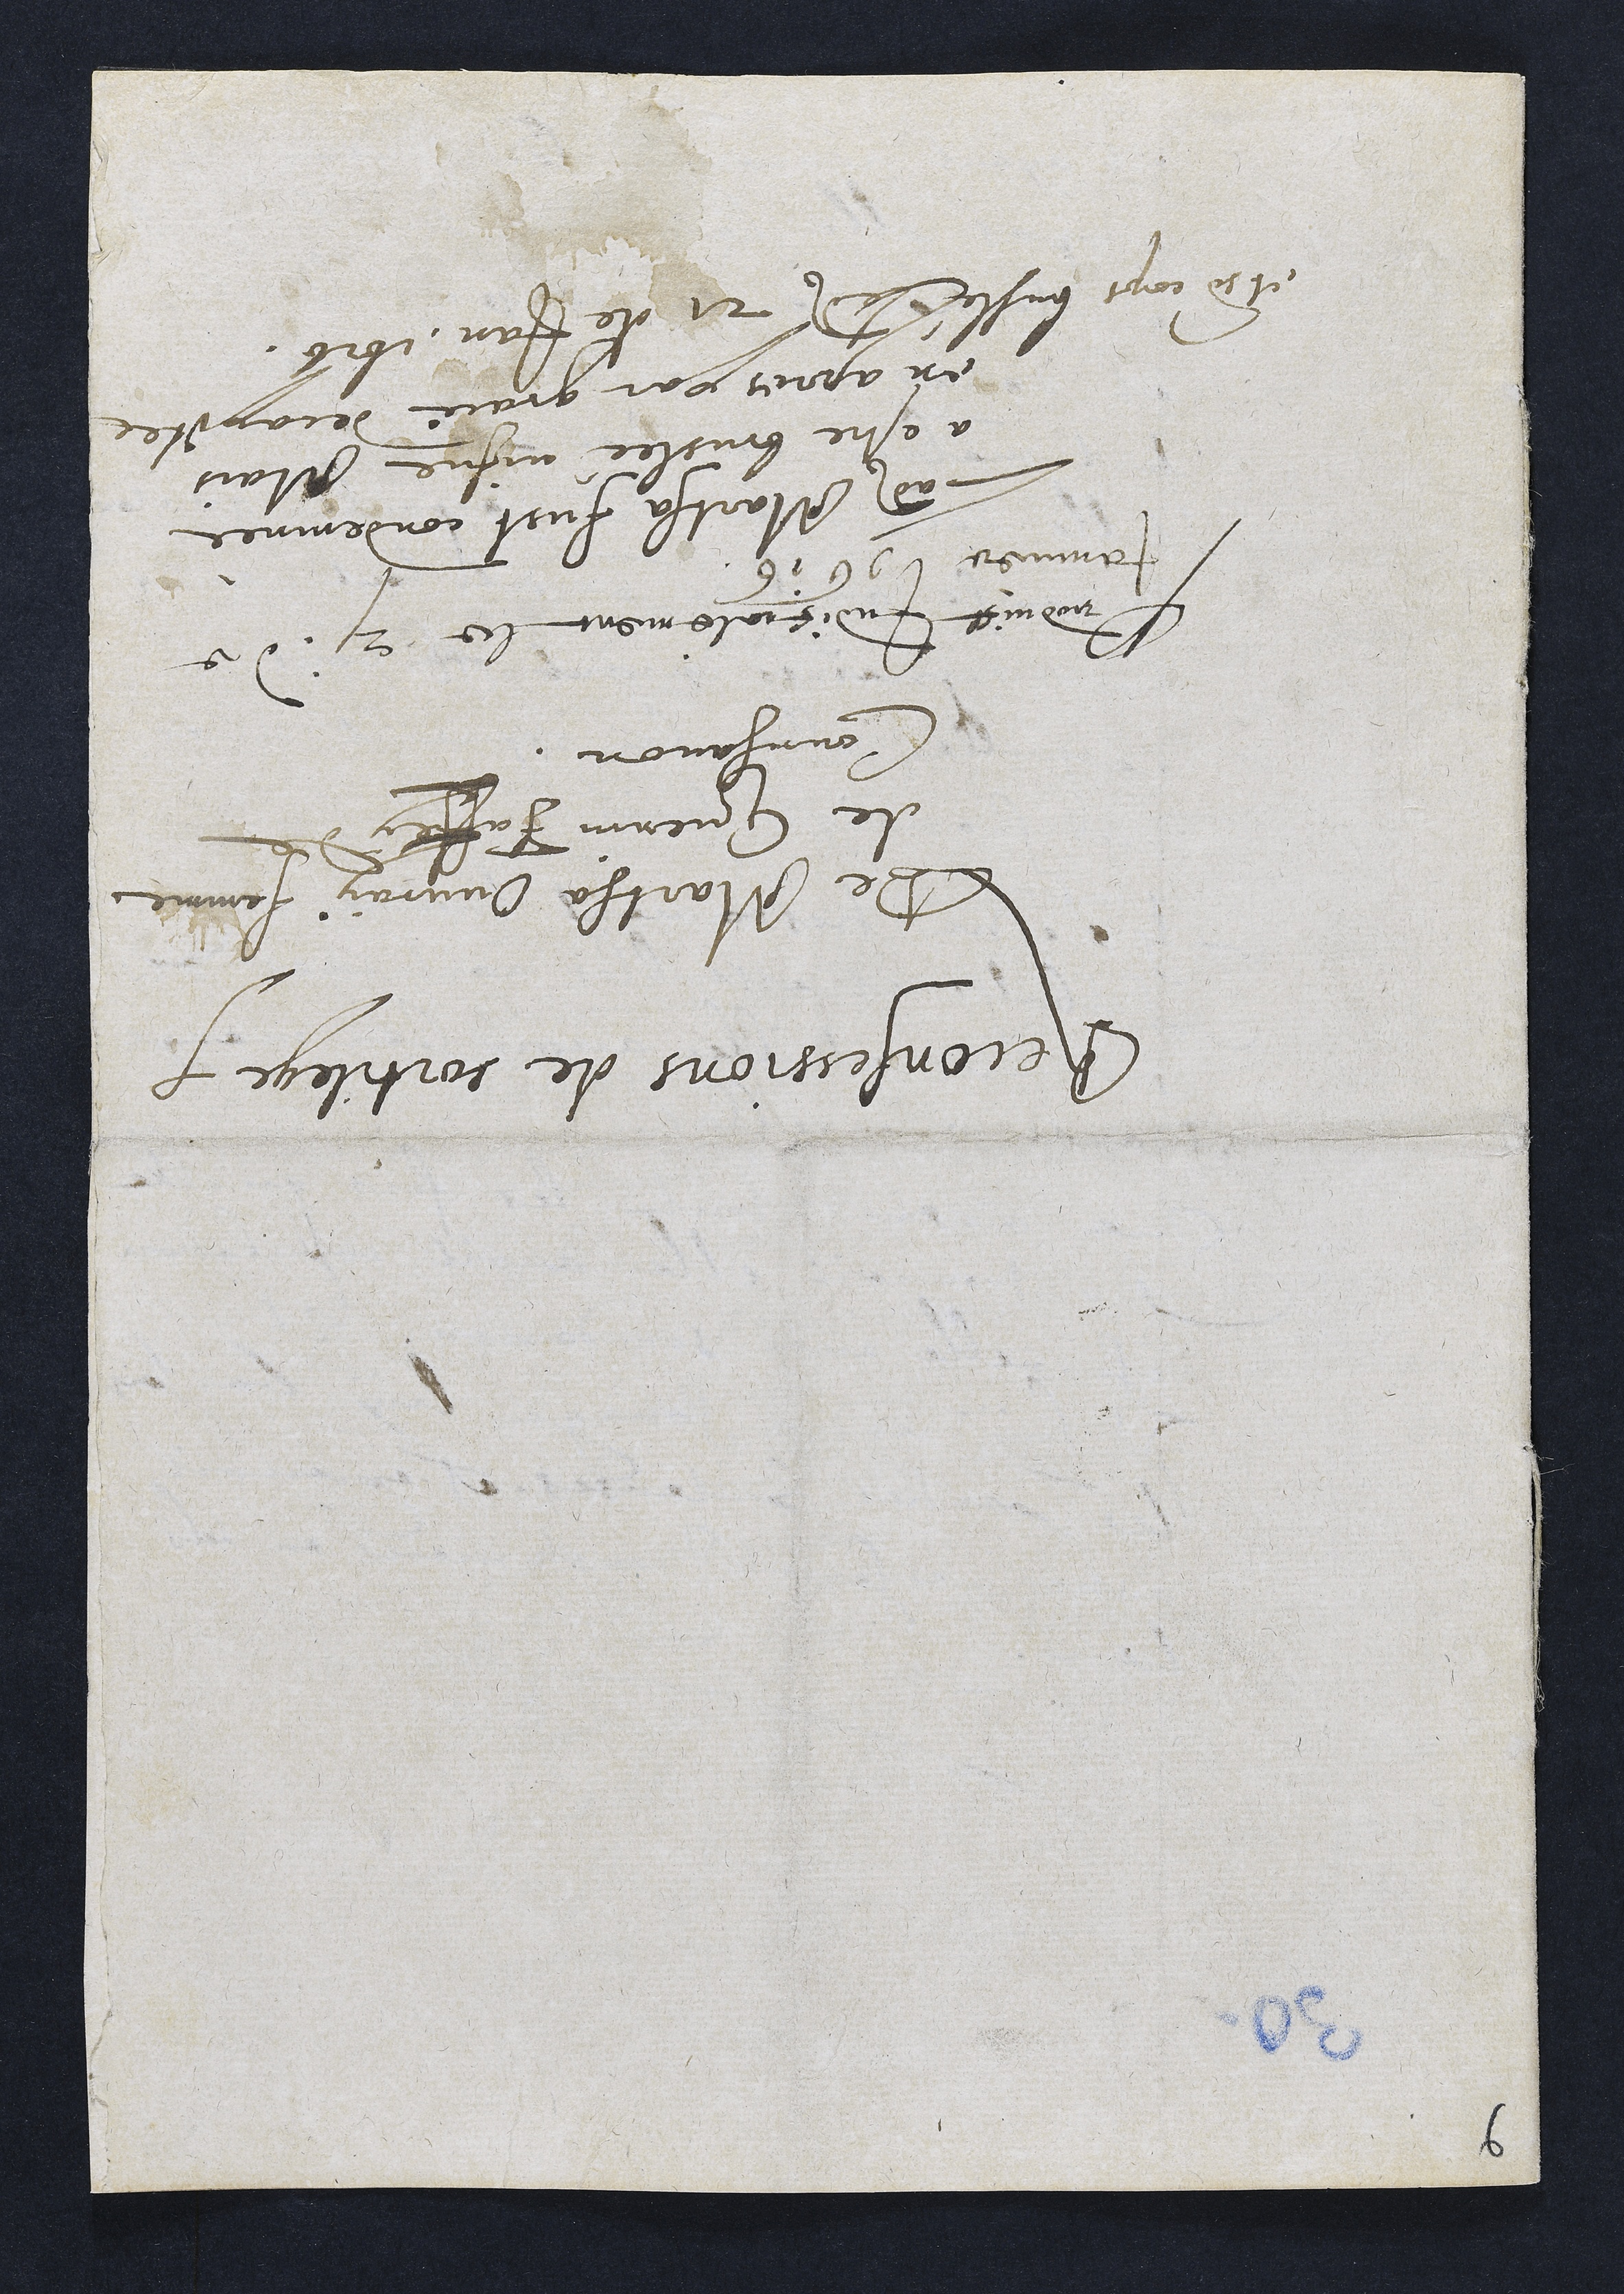
Reconsessions de sortilege
De Martha Ouvray femme
de Guenin Faffly de
Courgavon.
lnduist Indiciolement le 2, de
Jamiee 116 16
Ladite Martha fust condemnée
à estre bruslée vifve Mais
en apres par grace decapitée
et rmen cops busteeledit 21 de Jan. 1616.